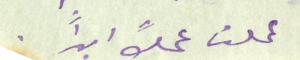
عملت عملاً ابداً.